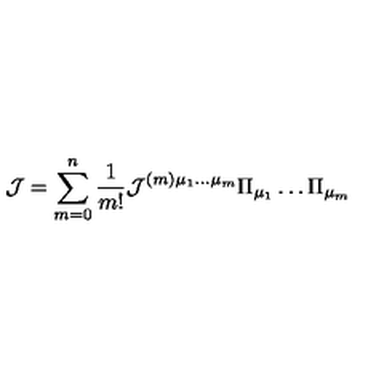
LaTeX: { \cal J } = \sum _ { m = 0 } ^ { n } \frac { 1 } { m ! } { \cal J } ^ { ( m ) \mu _ { 1 } \dots \mu _ { m } } \Pi _ { \mu _ { 1 } } \dots \Pi _ { \mu _ { m } }